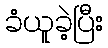
ခံယူခဲ့ပြီး